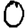
Digit: 0